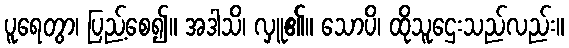
ပူရေတွာ၊ ပြည့်စေ၍။ အဒါသိ၊ လှူ၏။ သောပိ၊ ထိုသူဌေးသည်လည်း။